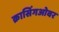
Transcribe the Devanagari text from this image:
क्रासिंगओवर